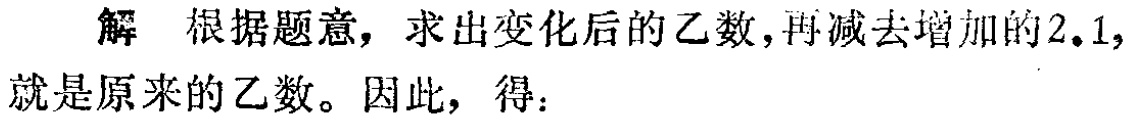
解 根据题意，求出变化后的乙数，再减去增加的\(2.1\)，就是原来的乙数。因此，得：